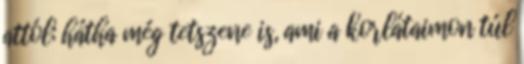
attól; hátha még tetszene is, ami a korlátaimon túl